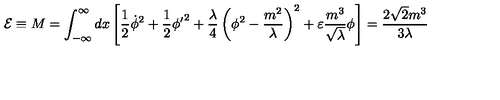
{ \cal E } \equiv M = \int _ { - \infty } ^ { \infty } d x \left[ \frac { 1 } { 2 } { \dot { \phi } } ^ { 2 } + \frac { 1 } { 2 } { { \phi } ^ { \prime } } ^ { 2 } + \frac { \lambda } { 4 } \left( \phi ^ { 2 } - \frac { m ^ { 2 } } { \lambda } \right) ^ { 2 } + \varepsilon \frac { m ^ { 3 } } { \sqrt \lambda } \phi \right] = \frac { 2 { \sqrt 2 } m ^ { 3 } } { 3 \lambda }